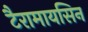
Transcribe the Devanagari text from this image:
टैरामायसिन